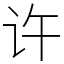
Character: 许